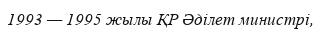
1993 — 1995 жылы ҚР Әділет министрі,